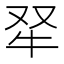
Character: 𤘩